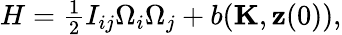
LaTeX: \begin{array}{r}{H=\frac 12I_{ij}\Omega_{i}\Omega_{j}+b({\mathbf K},{\mathbf z}(0)),}\end{array}